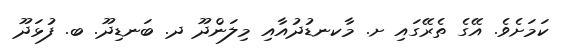
ކަމަށެވެ. އޭގެ ތެރޭގައި ށ. މާކނޑުދުއާއި މިލަންދޫ ދ. ބަނޑިދޫ. ބ. ފުޅަދޫ